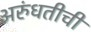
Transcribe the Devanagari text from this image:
अरुंधतीची